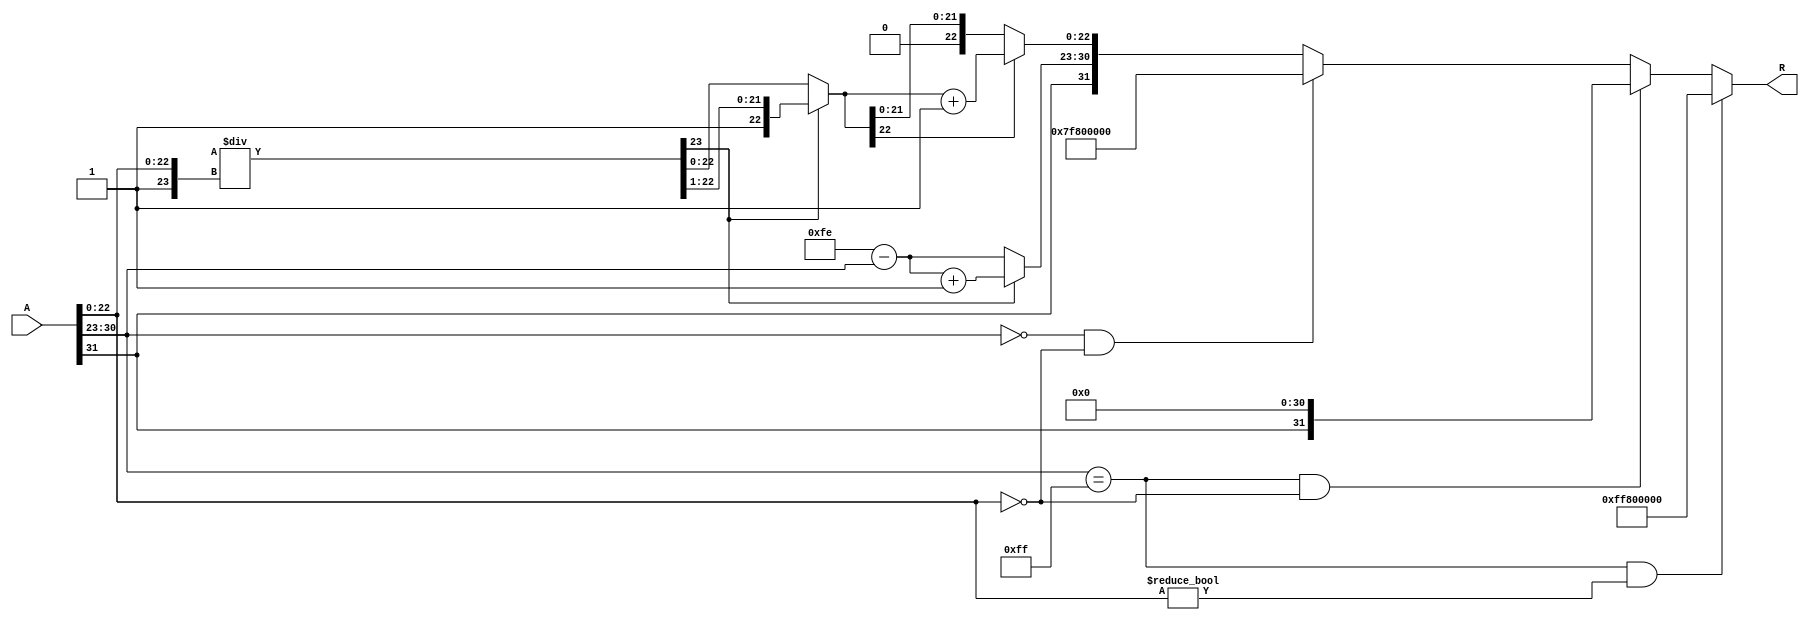
module floating_point_reciprocal (
    input  wire [31:0] A,  // Input: 32-bit IEEE 754 floating-point number
    output reg  [31:0] R   // Output: 32-bit IEEE 754 floating-point reciprocal
);

    // Constants
    localparam BIAS = 127;
    localparam EXPONENT_BITS = 8;
    localparam MANTISSA_BITS = 23;
    localparam EXPONENT_MAX = 255;

    // Internal signals
    wire sign_A;
    wire [EXPONENT_BITS-1:0] exponent_A;
    wire [MANTISSA_BITS-1:0] mantissa_A;
    reg sign_R;
    reg [EXPONENT_BITS-1:0] exponent_R;
    reg [MANTISSA_BITS:0] mantissa_R; // 24 bits for normalization and rounding

    // Extract sign, exponent, and mantissa from input A
    assign sign_A = A[31];
    assign exponent_A = A[30:23];
    assign mantissa_A = A[22:0];

    // Handle special cases
    always @(*) begin
        // Default output
        R = 32'b0;

        // Case: Input is NaN (Not a Number)
        if (exponent_A == EXPONENT_MAX && mantissa_A != 0) begin
            R = {1'b1, 8'hFF, 23'b0}; // Output NaN
        end
        // Case: Input is Infinity
        else if (exponent_A == EXPONENT_MAX && mantissa_A == 0) begin
            R = {sign_A, 8'b0, 23'b0}; // Output 0
        end
        // Case: Input is Zero
        else if (exponent_A == 8'b0 && mantissa_A == 0) begin
            R = {1'b0, 8'hFF, 23'b0}; // Output Infinity
        end
        // Normal case
        else begin
            // Set sign of the result
            sign_R = sign_A;

            // Calculate exponent of the reciprocal
            exponent_R = (2 * BIAS) - exponent_A;

            // Calculate the mantissa of the reciprocal
            // Start with the normalized mantissa (1.mantissa_A)
            mantissa_R = {1'b1, mantissa_A}; // Implicit leading 1

            // Newton-Raphson method for reciprocal approximation
            // Initial guess: 1/mantissa
            mantissa_R = (mantissa_R << 24) / mantissa_R; // Approximation step

            // Normalize mantissa
            if (mantissa_R[23]) begin
                mantissa_R = mantissa_R >> 1; // Shift right if mantissa is too large
                exponent_R = exponent_R + 1;   // Adjust exponent
            end

            // Rounding (simple round to nearest)
            if (mantissa_R[22]) begin
                mantissa_R = mantissa_R + 1; // Round up if the 23rd bit is set
            end

            // Ensure mantissa fits in 23 bits
            R = {sign_R, exponent_R[7:0], mantissa_R[22:0]};
        end
    end
endmodule